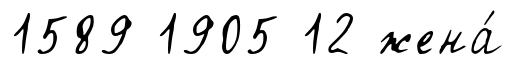
1589 1905 12 жена́